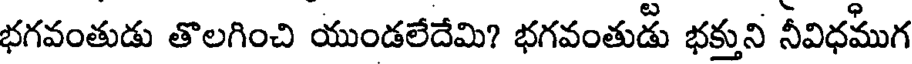
భగవంతుడు తొలగించి యుండలేదేమి? భగవంతుడు భక్తుని నీవిధముగ